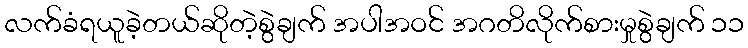
လက်ခံရယူခဲ့တယ်ဆိုတဲ့စွဲချက် အပါအဝင် အဂတိလိုက်စားမှုစွဲချက် ၁၁